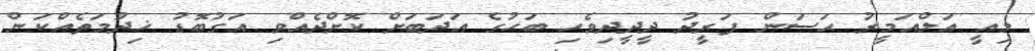
މިއީ އަލްއަމީރު ޙަސަން ފަރީދު ދީދީދިވެހި ބަހުގެ އަދަބަށް ކޮށްދެއްވި އަގުބޮޑު ޚިދުމަތެއްކަން